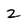
Character: 2